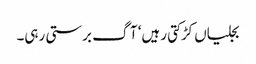
بجلیاں کڑکتی رہیں‘ آگ برستی رہی۔